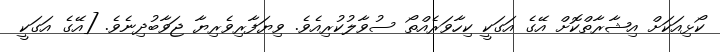
ކޯޅިއަކަށް އިޝާރާތްކޮށް އޭގެ އަގަކީ ކިހާވަރެއްތޯ ސުވާލުކުރިއެވެ. ވިޔަފާރިވެރިޔާ ޖަވާބުދިނެވެ. [އޭގެ އަގަކީ